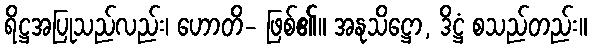
ရိဋ္ဌအပြုသည်လည်း၊ ဟောတိ- ဖြစ်၏။ အနုသိဋ္ဌော, ဒိဋ္ဌံ စသည်တည်း။